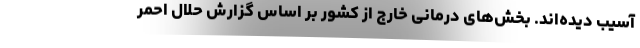
آسیب دیده‌اند. بخش‌های درمانی خارج از کشور بر اساس گزارش حلال احمر